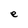
Character: e